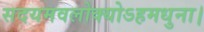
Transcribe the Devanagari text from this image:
सदयमवलोक्योऽहमधुना।